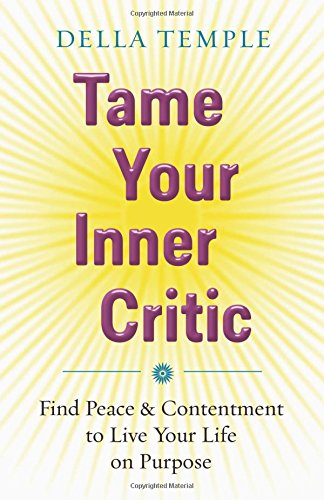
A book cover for Tame Your Inner Critic: Find Peace & Contentment to Live Your Life on Purpose; Della Temple; Self-Help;